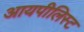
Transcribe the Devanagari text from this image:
आयपीलिस्ट